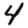
Digit: 4